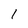
Character: 1